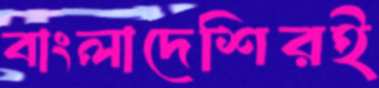
বাংলাদেশিরই